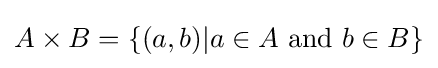
A\times B=\{(a,b)|a\in A{\text{ and }}b\in B\}